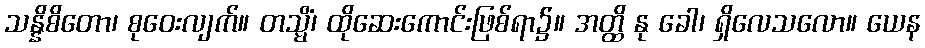
သန္နိစိတော၊ စုဝေးလျက်။ တသ္မိံ၊ ထိုဆေးကောင်းဖြစ်ရာ၌။ အတ္ထိ နု ခေါ၊ ရှိလေသလော။ ယေန